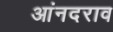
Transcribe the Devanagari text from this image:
आंनदराव